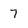
Character: 7